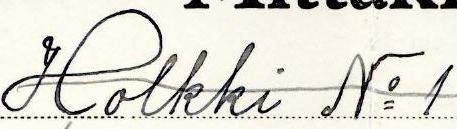
Holkki No 1